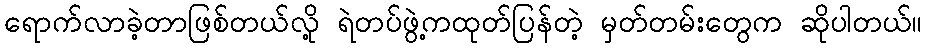
ရောက်လာခဲ့တာဖြစ်တယ်လို့ ရဲတပ်ဖွဲ့ကထုတ်ပြန်တဲ့ မှတ်တမ်းတွေက ဆိုပါတယ်။